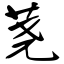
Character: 荛